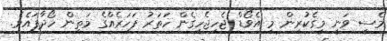
މެސީ ވަނީ މީގެކުރިން މި އެވޯޑް ޖެހިޖެހިގެން ހަތަރު ފަހަރެއްގެ މަތިން ހޯދާފައެވެ.